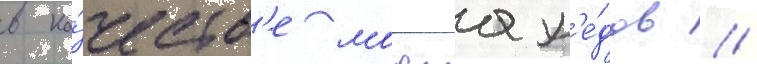
в ка́честв'е моджах'е́дов //